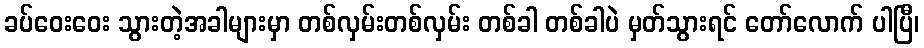
ခပ်ဝေးဝေး သွားတဲ့အခါများမှာ တစ်လှမ်းတစ်လှမ်း တစ်ခါ တစ်ခါပဲ မှတ်သွားရင် တော်လောက် ပါပြီ၊